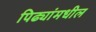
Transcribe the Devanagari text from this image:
पिढ्यांमधील